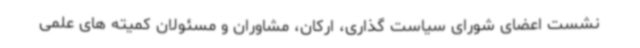
نشست اعضای شورای سیاست گذاری، ارکان، مشاوران و مسئولان کمیته های علمی